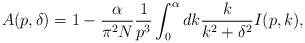
\begin{align*}A(p, \delta )=1 - \frac{\alpha}{\pi^2N}\frac{1}{p^3} \int _0^\alpha dk \frac{k}{k^2+ \delta ^2}I(p,k),\end{align*}